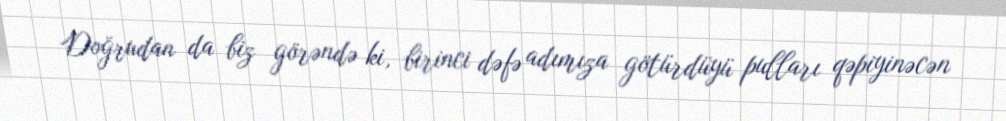
Doğrudan da biz görəndə ki, birinci dəfə adımıza götürdüyü pulları qəpiyinəcən